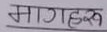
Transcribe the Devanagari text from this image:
मागहरू